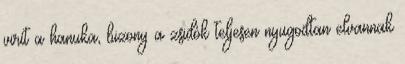
virít a hanuka, bizony a zsidók teljesen nyugodtan elvannak